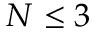
N \leq 3